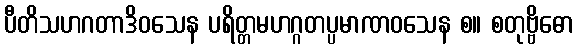
ပီတိသဟဂတာဒိဝသေန ပရိတ္တမဟဂ္ဂတပ္ပမာဏဝသေန စ။ စတုဗ္ဗိဓော